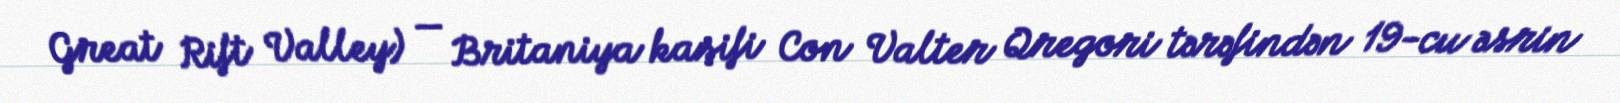
Great Rift Valley) — Britaniya kaşifi Con Valter Qregori tərəfindən 19-cu əsrin